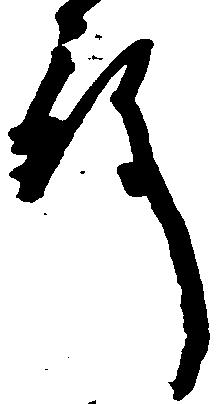
殿